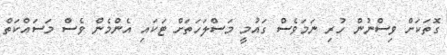
ގޮތަކަށް ވިސްނުން ހުރި ނަމަވެސް ގައުމީ މަސްލަހަތަށް ޓަކައި އެންމެން ވެސް މަސައްކަތް